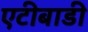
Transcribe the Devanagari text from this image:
एटीबाडी